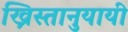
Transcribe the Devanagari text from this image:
ख्रिस्तानुयायी